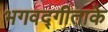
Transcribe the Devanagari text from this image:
भगवद्गीताके